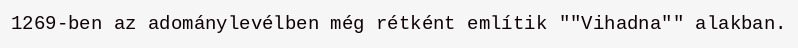
1269-ben az adománylevélben még rétként említik ""Vihadna"" alakban.